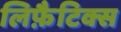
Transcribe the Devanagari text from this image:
लिफ़ैटिक्स